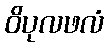
ဝိပုလဖလံ